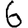
Digit: 6